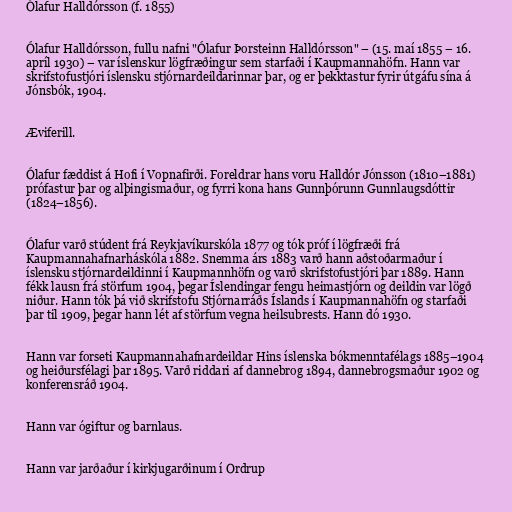
Ólafur Halldórsson (f. 1855)

Ólafur Halldórsson, fullu nafni "Ólafur Þorsteinn Halldórsson" – (15. maí 1855 – 16.
apríl 1930) – var íslenskur lögfræðingur sem starfaði í Kaupmannahöfn. Hann var
skrifstofustjóri íslensku stjórnardeildarinnar þar, og er þekktastur fyrir útgáfu sína á
Jónsbók, 1904.

Æviferill.

Ólafur fæddist á Hofi í Vopnafirði. Foreldrar hans voru Halldór Jónsson (1810–1881)
prófastur þar og alþingismaður, og fyrri kona hans Gunnþórunn Gunnlaugsdóttir
(1824–1856).

Ólafur varð stúdent frá Reykjavíkurskóla 1877 og tók próf í lögfræði frá
Kaupmannahafnarháskóla 1882. Snemma árs 1883 varð hann aðstoðarmaður í
íslensku stjórnardeildinni í Kaupmannhöfn og varð skrifstofustjóri þar 1889. Hann
fékk lausn frá störfum 1904, þegar Íslendingar fengu heimastjórn og deildin var lögð
niður. Hann tók þá við skrifstofu Stjórnarráðs Íslands í Kaupmannahöfn og starfaði
þar til 1909, þegar hann lét af störfum vegna heilsubrests. Hann dó 1930.

Hann var forseti Kaupmannahafnardeildar Hins íslenska bókmenntafélags 1885–1904
og heiðursfélagi þar 1895. Varð riddari af dannebrog 1894, dannebrogsmaður 1902 og
konferensráð 1904.

Hann var ógiftur og barnlaus.

Hann var jarðaður í kirkjugarðinum í Ordrup